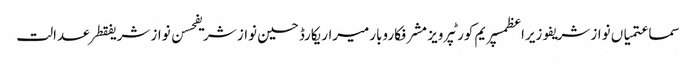
سماعتمیاں نواز شریفوزیراعظمسپریم کورٹپرویز مشرفکاروبارمیراریکارڈحسین نواز شریفحسن نواز شریفقطرعدالت